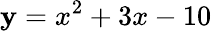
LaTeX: \mathbf{y}=x^{2}+3x-10